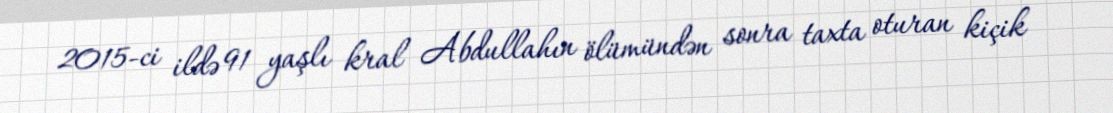
2015-ci ildə 91 yaşlı kral Abdullahın ölümündən sonra taxta oturan kiçik